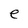
Character: e